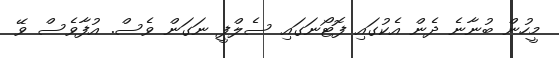
މީހުން ބުނާނެ ދެން އެކުގައި ފޮޓޯނަގައި ސެލްފީ ނަގަން ވެސް. އުފާވެސް ވޭ